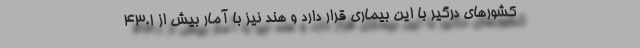
کشورهای درگیر با این بیماری قرار دارد و هند نیز با آمار بیش از ۴۳.۱